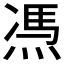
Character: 𱫫